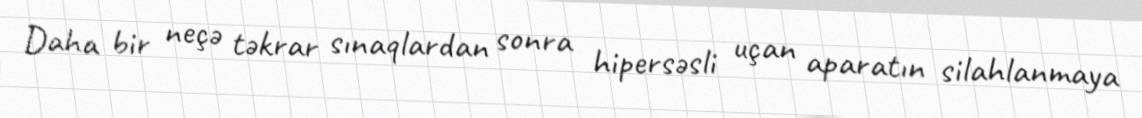
Daha bir neçə təkrar sınaqlardan sonra hipersəsli uçan aparatın silahlanmaya